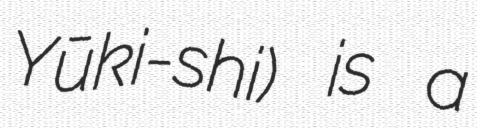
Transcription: Yūki-shi) is a